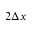
2 \Delta x